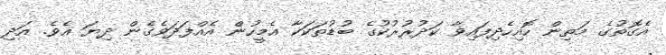
އެގޮތުގެ މަތިން ހޮއިހެދިފައިވާ ކަދުރުރުކުގެ ބުޑުތަކަކާ އެމީހުން އެއްފަދަވެގެން ދިޔަ އެވެ. އަދި